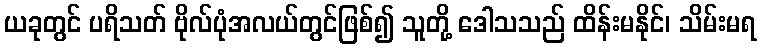
ယခုတွင် ပရိသတ် ဗိုလ်ပုံအလယ်တွင်ဖြစ်၍ သူတို့ ဒေါသသည် ထိန်းမနိုင်၊ သိမ်းမရ